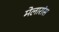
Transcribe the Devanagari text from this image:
मेलारांस